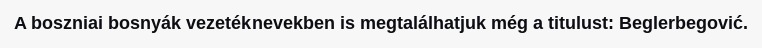
A boszniai bosnyák vezetéknevekben is megtalálhatjuk még a titulust: Beglerbegović.